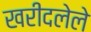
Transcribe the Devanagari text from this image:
खरीदलेले